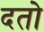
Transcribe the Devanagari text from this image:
दतो